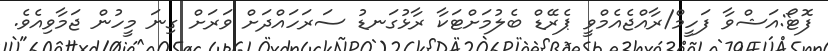
ފޮޓޯ:އަޝްވާ ފަހީމް/ރާއްޖެއެމްވީ ޕެރޭޑް ބެލުމަށްޓަކާ ރާޅުގަނޑު ސަރަހައްދަށް ވަރަށް ގިނަ މީހުން ޖަމާވިއެވެ.